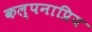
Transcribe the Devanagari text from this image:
कल्पनाप्रिय